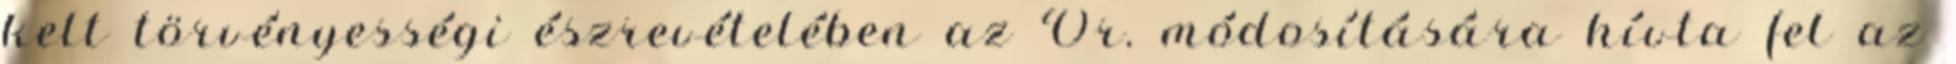
kelt törvényességi észrevételében az Ör. módosítására hívta fel az